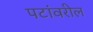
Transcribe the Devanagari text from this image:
पटांवरील